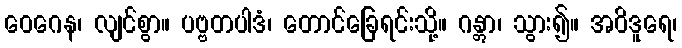
ဝေဂေန၊ လျင်စွာ။ ပဗ္ဗတပါဒံ၊ တောင်ခြေရင်းသို့။ ဂန္တွာ၊ သွား၍။ အဝိဒူရေ၊